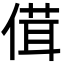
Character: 傇